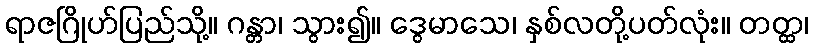
ရာဇဂြိုဟ်ပြည်သို့။ ဂန္တာ၊ သွား၍။ ဒွေမာသေ၊ နှစ်လတို့ပတ်လုံး။ တတ္ထ၊